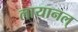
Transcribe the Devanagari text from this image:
लायानल्